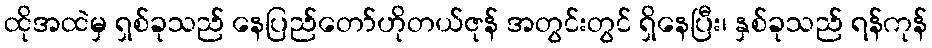
ထိုအထဲမှ ရှစ်ခုသည် နေပြည်တော်ဟိုတယ်ဇုန် အတွင်းတွင် ရှိနေပြီး၊ နှစ်ခုသည် ရန်ကုန်